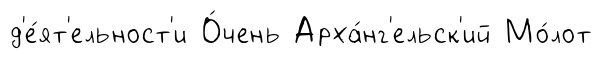
д'е́ят'ельност'и О́чень Арха́нг'ельск'ий Мо́лот